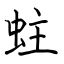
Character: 蛀